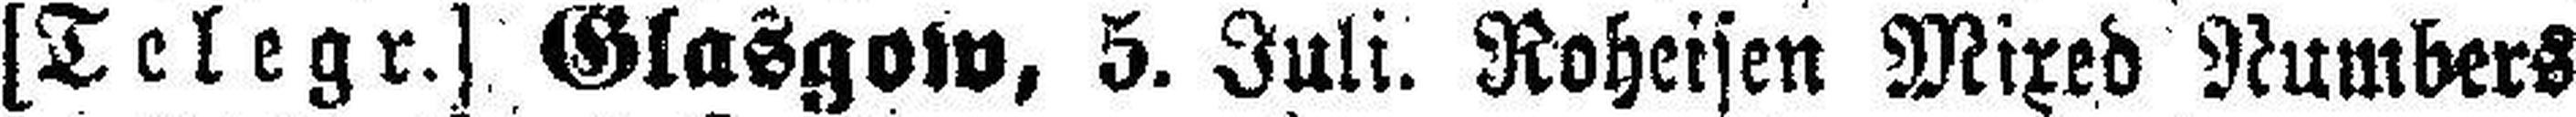
[Telegr.] Glasgow, 5. Juli. Roheisen Mixed Numbers